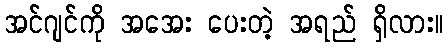
အင်ဂျင်ကို အအေး ပေးတဲ့ အရည် ရှိလား။